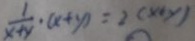
\frac { 1 } { x + y } \cdot ( x + y ) = 2 ( x + y )